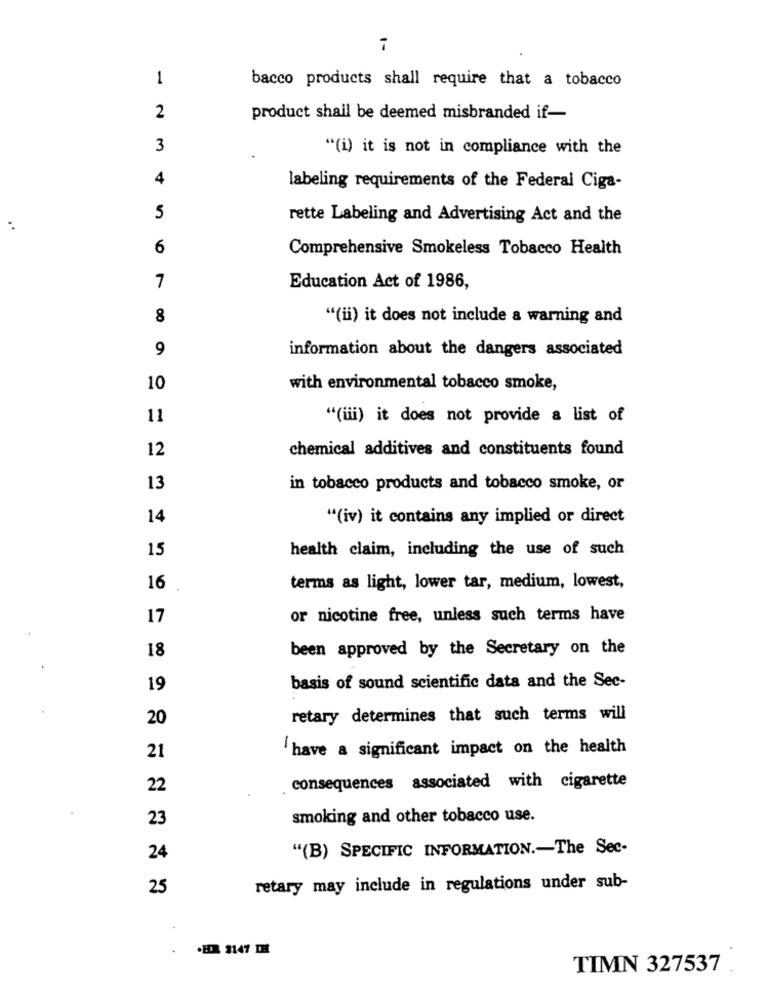
1-
1
bacco products shall require that a tobacco
2
product shall be deemed misbranded if-
3
"(i) it is not in compliance with the
4
labeling requirements of the Federal Ciga-
5
rette Labeling and Advertising Act and the
..
6
Comprehensive Smokeless Tobacco Health
7
Education Act of 1986,
8
"(ii) it does not include a warning and
9
information about the dangers associated
10
with environmental tobacco smoke,
11
"(iii) it does not provide a list of
12
chemical additives and constituents found
13
in tobacco products and tobacco smoke, or
14
"(iv) it contains any implied or direct
15
health claim, including the use of such
16
terms as light, lower tar, medium, lowest,
17
or nicotine free, unless such terms have
18
been approved by the Secretary on the
19
basis of sound scientific data and the Sec-
20
retary determines that such terms will
21
have a significant impact on the health
22
consequences associated with cigarette
23
smoking and other tobacco use.
"(B) SPECIFIC INFORMATION .- The Sec-
24
25
retary may include in regulations under sub-
.HR 1147 IH
TIMN 327537